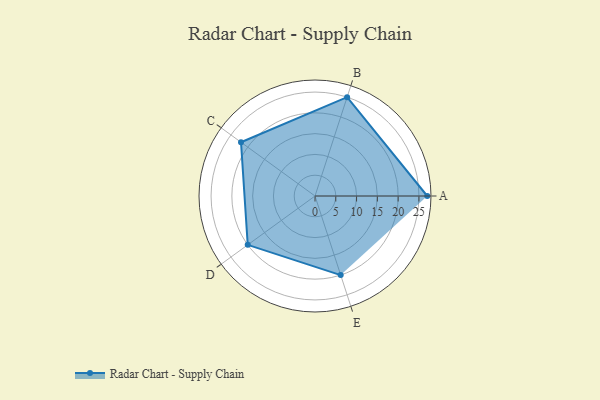
{"axis": {"x": "Skill", "y": "Score"}, "legend": ["Profile"], "data": [{"x": "A", "y": 27.0, "type": "Profile"}, {"x": "B", "y": 25.0, "type": "Profile"}, {"x": "C", "y": 22.0, "type": "Profile"}, {"x": "D", "y": 20, "type": "Profile"}, {"x": "E", "y": 20, "type": "Profile"}]}